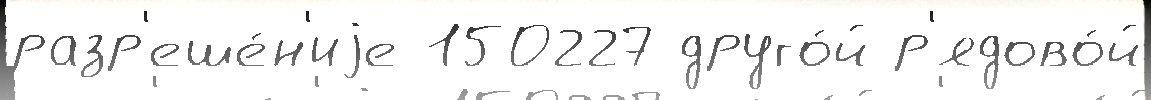
разр'еше́н'иjе 150227 друго́й р'ядово́й